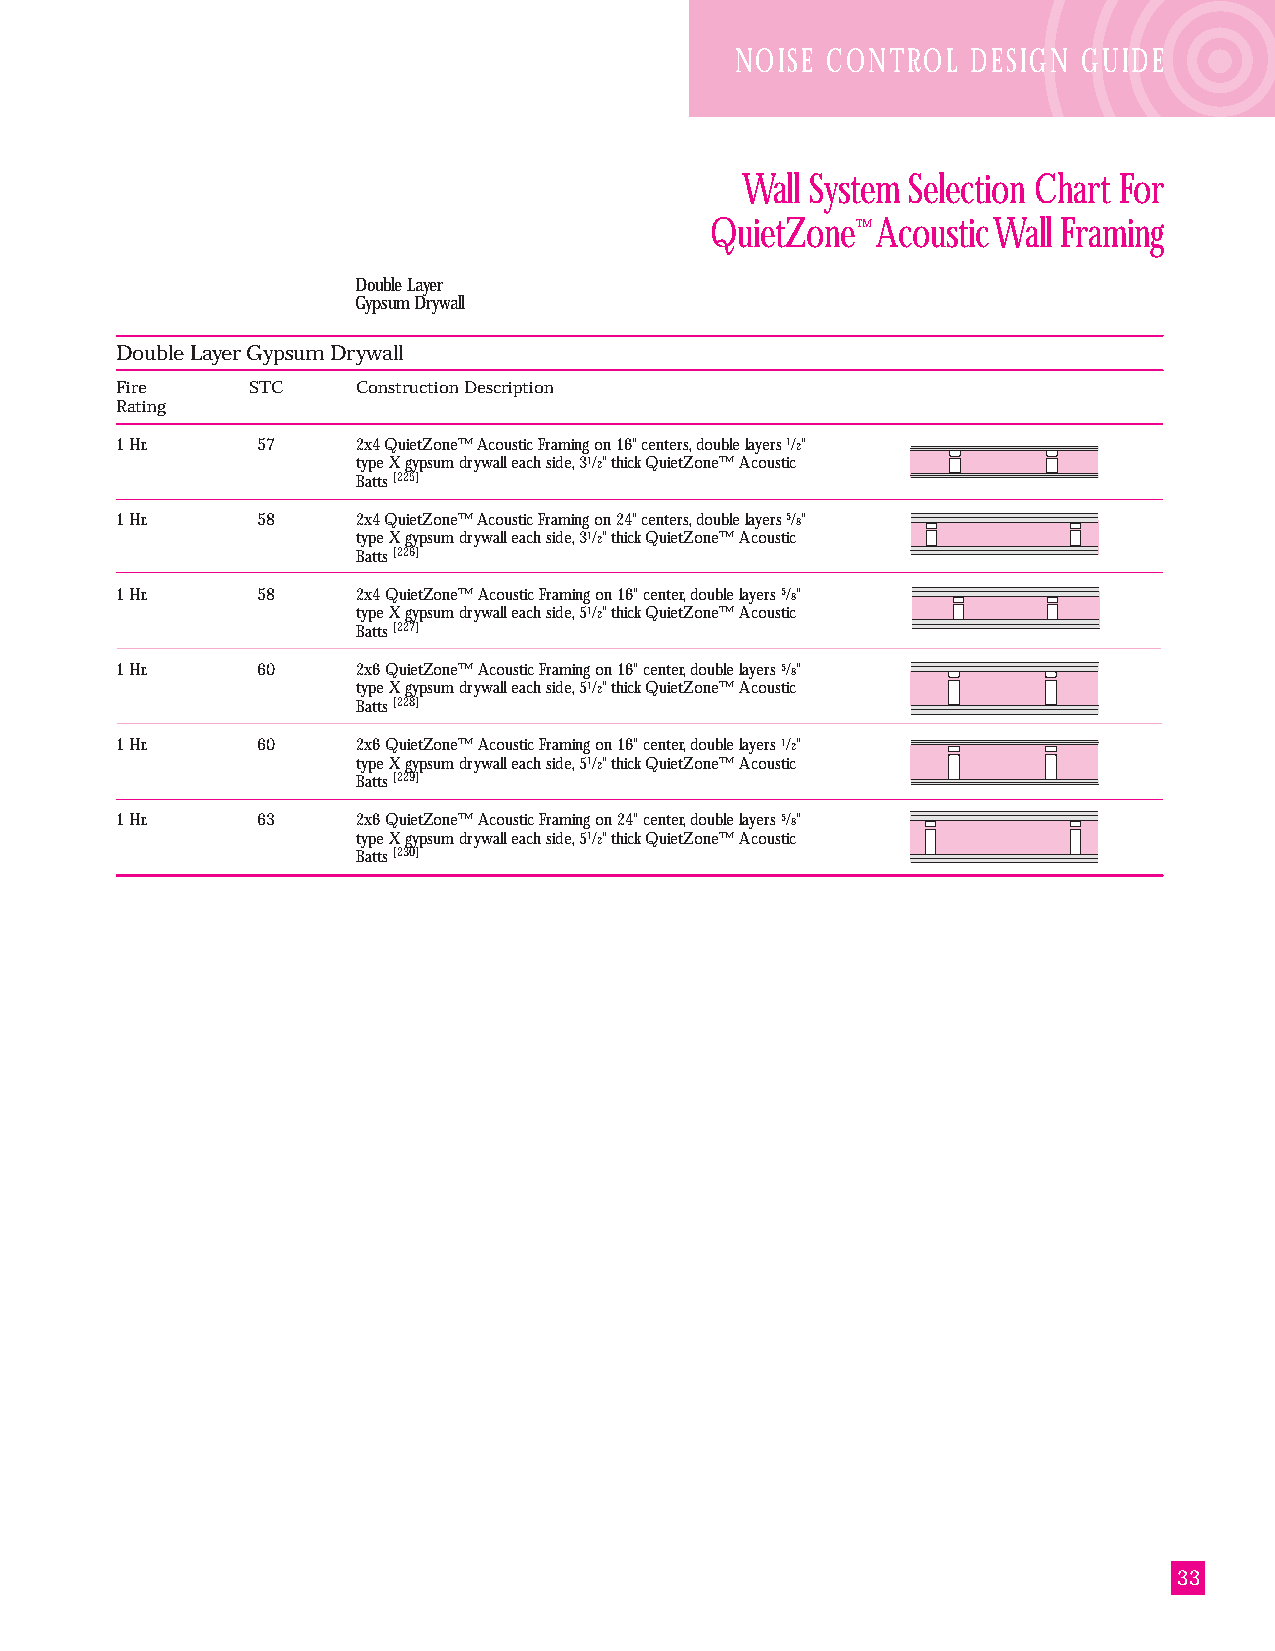
NOISE CONTROL  DESIGN  GUIDE
 Wall System Selection Chart For
 QuietZone™ Acoustic Wall Framing
 Double Layer
 Gypsum Drywall
 Double Layer Gypsum Drywall
 Fire    STC     Construction Description
 Rating
 1 Hr.    57     2x4 QuietZone™ Acoustic Framing on 16" centers, double layers 1/2"
 type X gypsum drywall each side, 31/2" thick QuietZone™ Acoustic
 Batts [225]
 1 Hr.    58     2x4 QuietZone™ Acoustic Framing on 24" centers, double layers 5/8"
 type X gypsum drywall each side, 31/2" thick QuietZone™ Acoustic
 Batts [226]
 1 Hr.    58     2x4 QuietZone™ Acoustic Framing on 16" center, double layers 5/8"
 type X gypsum drywall each side, 51/2" thick QuietZone™ Acoustic
 Batts [227]
 1 Hr.    60     2x6 QuietZone™ Acoustic Framing on 16" center, double layers 5/8"
 type X gypsum drywall each side, 51/2" thick QuietZone™ Acoustic
 Batts [228]
 1 Hr.    60     2x6 QuietZone™ Acoustic Framing on 16" center, double layers 1/2"
 type X gypsum drywall each side, 51/2" thick QuietZone™ Acoustic
 Batts [229]
 1 Hr.    63     2x6 QuietZone™ Acoustic Framing on 24" center, double layers 5/8"
 type X gypsum drywall each side, 51/2" thick QuietZone™ Acoustic
 Batts [230]
 33